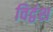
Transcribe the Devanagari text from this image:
विद्वंश